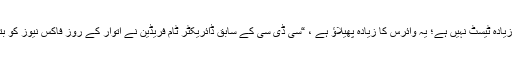
یہ زیادہ ٹیسٹ نہیں ہے؛ یہ وائرس کا زیادہ پھیلاؤ ہے ، “سی ڈی سی کے سابق ڈائریکٹر ٹام فریڈین نے اتوار کے روز فاکس نیوز کو بتایا۔